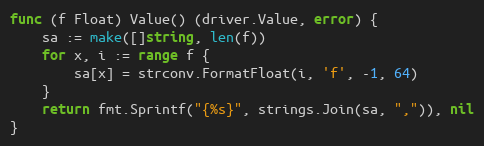
Language: Go
func (f Float) Value() (driver.Value, error) {
	sa := make([]string, len(f))
	for x, i := range f {
		sa[x] = strconv.FormatFloat(i, 'f', -1, 64)
	}
	return fmt.Sprintf("{%s}", strings.Join(sa, ",")), nil
}